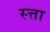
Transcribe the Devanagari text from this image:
स्त्ता